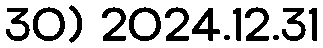
30) 2024.12.31